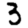
Digit: 3